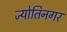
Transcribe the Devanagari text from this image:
ज्योतिनगर